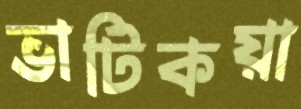
ভাটিকয়া